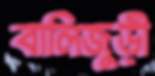
বালিজুড়ী